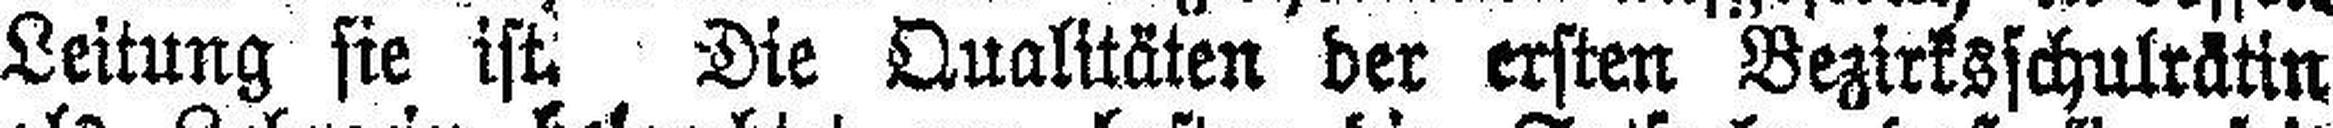
Leitung sie ist. Die Qualitäten der ersten Bezirksschulrätin